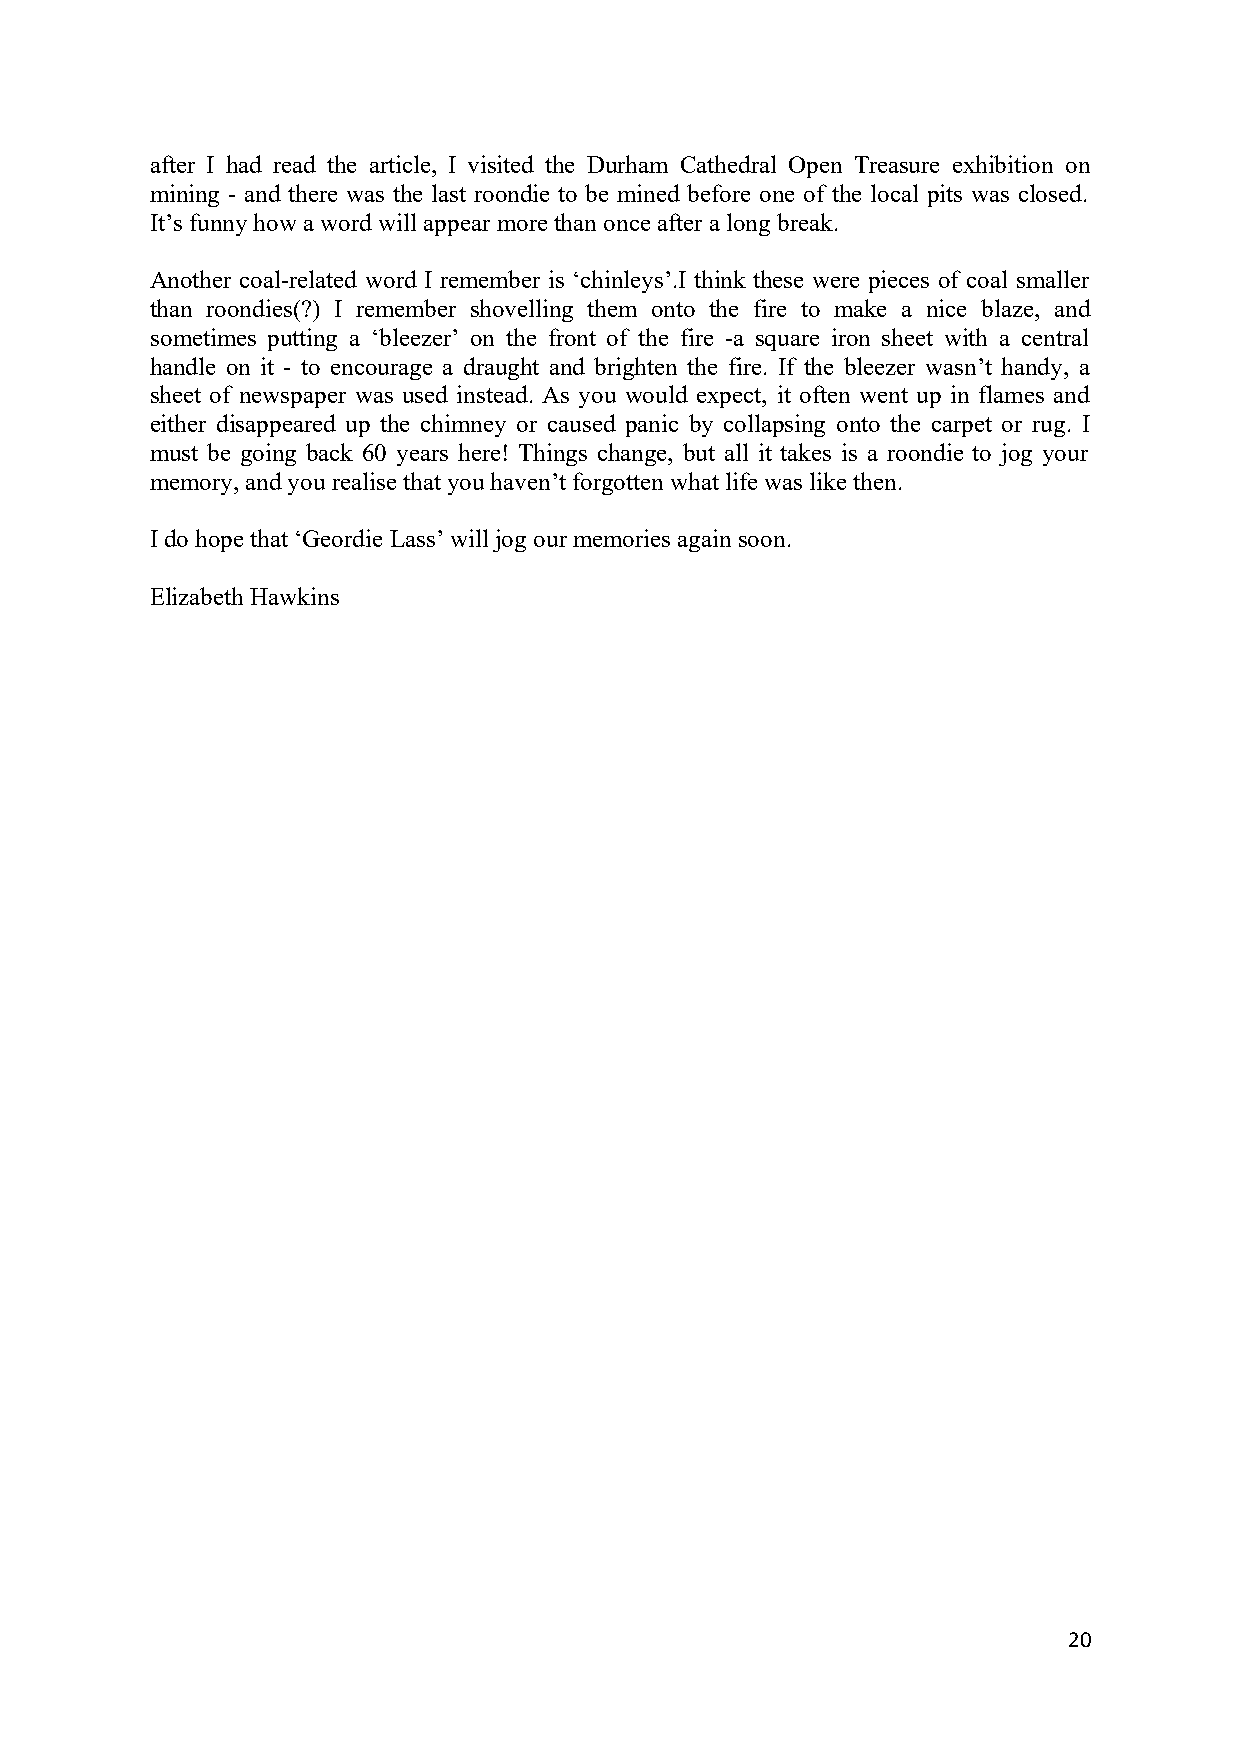
after I had read the article, I visited the Durham Cathedral Open Treasure exhibition on
 mining - and there was the last roondie to be mined before one of the local pits was closed.
 It’s funny how a word will appear more than once after a long break.
 Another coal-related word I remember is ‘chinleys’.I think these were pieces of coal smaller
 than roondies(?) I remember shovelling them onto the fire to make a nice blaze, and
 sometimes putting a ‘bleezer’ on the front of the fire -a square iron sheet with a central
 handle on it - to encourage a draught and brighten the fire. If the bleezer wasn’t handy, a
 sheet of newspaper was used instead. As you would expect, it often went up in flames and
 either disappeared up the chimney or caused panic by collapsing onto the carpet or rug. I
 must be going back 60 years here! Things change, but all it takes is a roondie to jog your
 memory, and you realise that you haven’t forgotten what life was like then.
 I do hope that ‘Geordie Lass’ will jog our memories again soon.
 Elizabeth Hawkins
 20